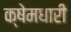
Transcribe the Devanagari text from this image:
क्षेमधारी